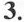
3.